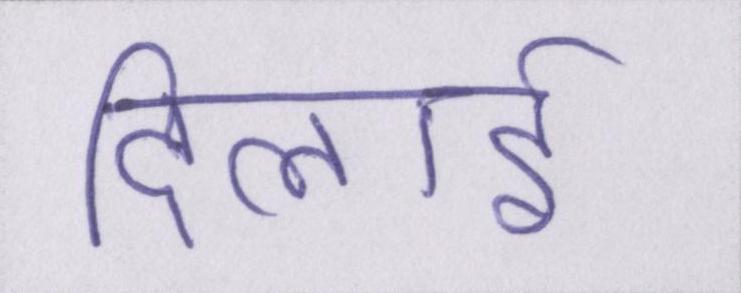
दिलाई